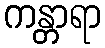
ကန္တာရာ